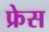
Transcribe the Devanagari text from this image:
फ्रेस